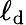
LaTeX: \ell_{\mathrm{d}}